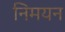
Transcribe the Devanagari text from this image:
निमयन